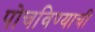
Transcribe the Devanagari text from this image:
पोचविण्याची